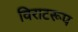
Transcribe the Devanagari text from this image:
विराटरूप